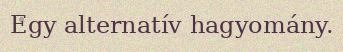
Egy alternatív hagyomány.